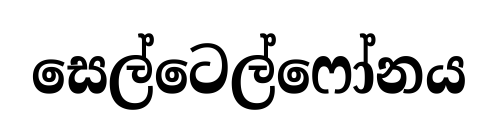
සෙල්ටෙල්ෆෝනය